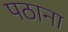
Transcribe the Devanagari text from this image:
पठाना